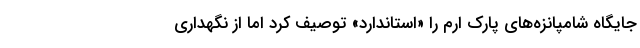
جایگاه شامپانزه‌های پارک ارم را «استاندارد» توصیف کرد اما از نگهداری